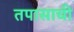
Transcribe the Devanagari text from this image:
तपासाची